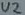
Text: U2